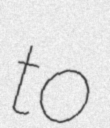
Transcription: to